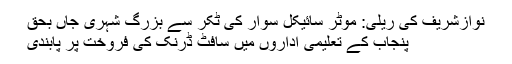
نوازشریف کی ریلی: موٹر سائیکل سوار کی ٹکر سے بزرگ شہری جاں بحق
پنجاب کے تعلیمی اداروں میں سافٹ ڈرنک کی فروخت پر پابندی